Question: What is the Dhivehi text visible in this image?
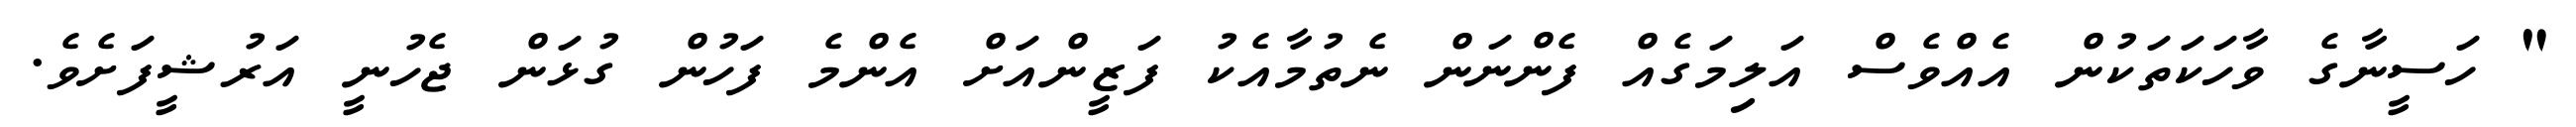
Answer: " ހަސީނާގެ ވާހަކަތަކުން އެއްވެސް އަލިމަގެއް ފެންނަން ނެތުމާއެކު ފަޒީންއަށް އެންމެ ފަހުން ގުޅަން ޖެހުނީ އަރުޝީފަށެވެ.